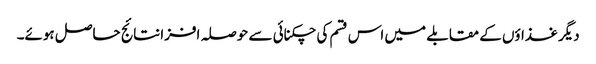
دیگر غذاؤں کے مقابلے میں اس قسم کی چکنائی سے حوصلہ افزا نتائج حاصل ہوئے۔